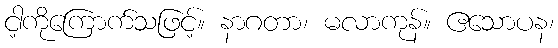
ငါ့ကိုကြောက်သဖြင့်။ နာဂတာ၊ မလာကုန်။ ဧသောပန၊